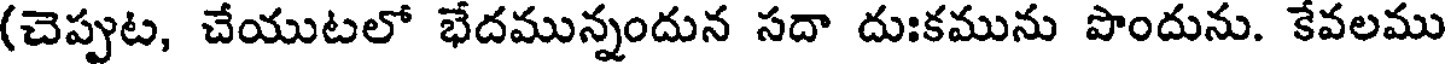
(చెప్పుట, చేయుటలో భేదమున్నందున సదా దుఃకమును పొందును. కేవలము